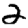
Digit: 2